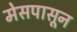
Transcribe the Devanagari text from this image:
मेसपासून